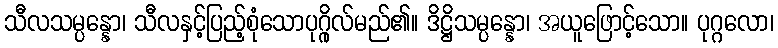
သီလသမ္ပန္နော၊ သီလနှင့်ပြည့်စုံသောပုဂ္ဂိုလ်မည်၏။ ဒိဋ္ဌိသမ္ပန္နော၊ အယူဖြောင့်သော။ ပုဂ္ဂလော၊